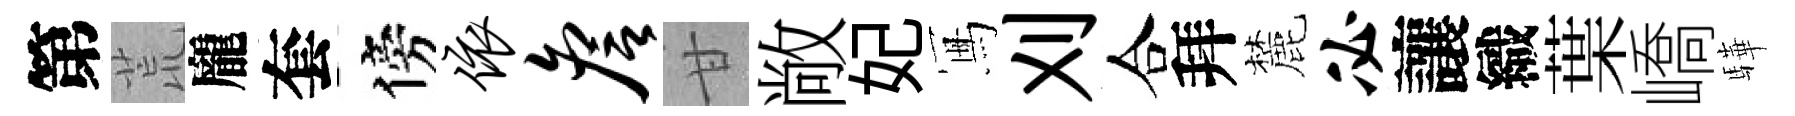
第荒龐套傍依詹甘敞妃冩刈合拜麓必讓織葉嶠驊